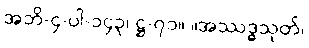
အဘိ-၄-ပါ-၁၄၃၊ ဋ္ဌ-၇၁။ ။အဿဒ္ဓသုတ်၊